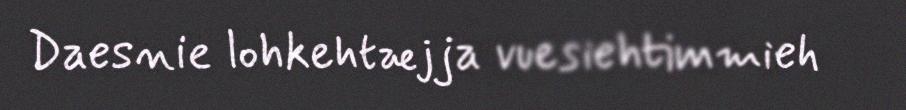
Daesnie lohkehtæjja vuesiehtimmieh